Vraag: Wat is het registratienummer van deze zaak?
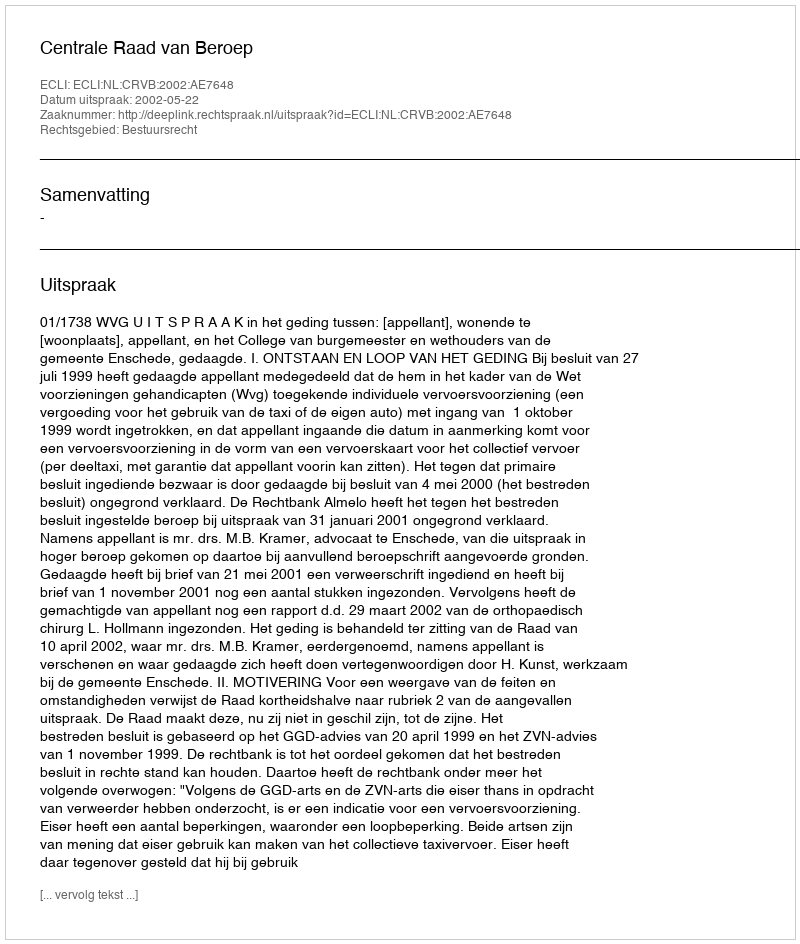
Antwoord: http://deeplink.rechtspraak.nl/uitspraak?id=ECLI:NL:CRVB:2002:AE7648